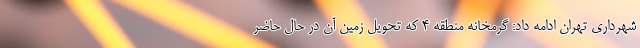
شهرداری تهران ادامه داد: گرمخانه منطقه 4 که تحویل زمین آن در حال حاضر